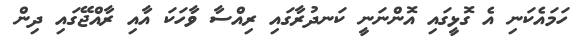
ހަމައެކަނި އެ ގޮޅީގައި އޮންނަނީ ކަނދުރާގައި ރިއްސާ ވާހަކަ އާއި ރާއްޖޭގައި ދިން